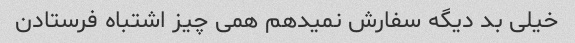
خیلی بد دیگه سفارش نمیدهم همی چیز اشتباه فرستادن